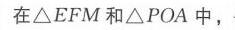
在$\triangle EFM$和$\triangle POA$中，